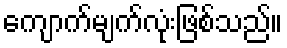
ကျောက်မျက်လုံးဖြစ်သည်။